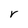
Character: r